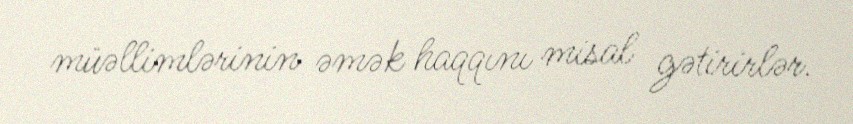
müəllimlərinin əmək haqqını misal gətirirlər.